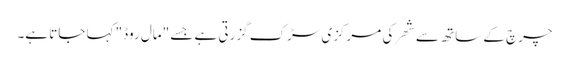
چرچ کے ساتھ سے شھر کی مرکزی سڑک گزرتی ہے جسے "مال روڈ" کہا جاتا ہے۔